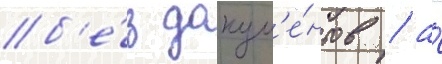
б'е́з докум'е́нтов / а́